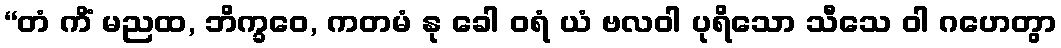
“တံ ကိံ မညထ, ဘိက္ခဝေ, ကတမံ နု ခေါ ဝရံ ယံ ဗလဝါ ပုရိသော သီသေ ဝါ ဂဟေတွာ